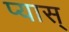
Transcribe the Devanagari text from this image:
प्यास्